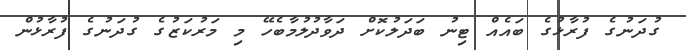
ގުދަނުގެ ފުރާޅުގެ ބައެއް ޓިނު ބަދަލުކޮށް ދަވާދުލުމާބެހޭ މި މަރުކަޒުގެ ގުދަނުގެ ފުރާޅުން